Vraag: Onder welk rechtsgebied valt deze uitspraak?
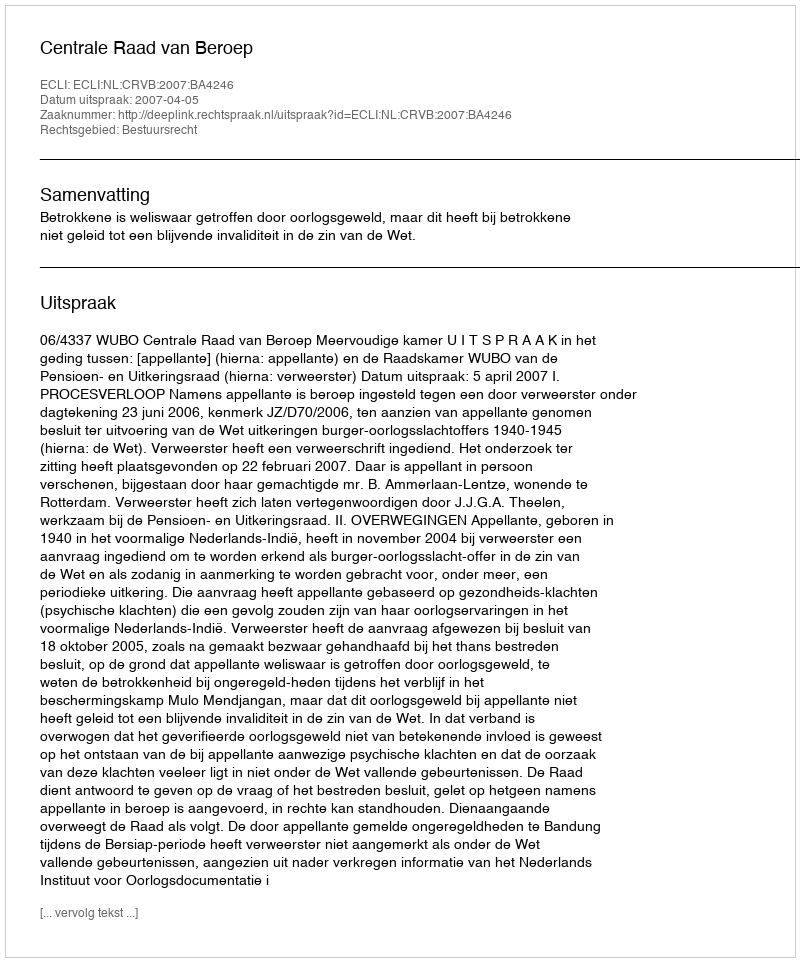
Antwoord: Bestuursrecht